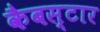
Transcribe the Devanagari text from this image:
कैबस्टार